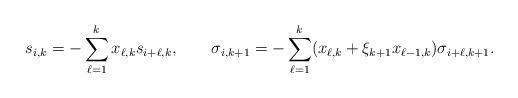
LaTeX: \begin{align*}s_{i,k} &= - \sum_{\ell = 1}^k x_{\ell, k} s_{i+\ell,k}, &\sigma_{i,k+1} &= - \sum_{\ell = 1}^k (x_{\ell, k} + \xi_{k+1} x_{\ell-1,k} ) \sigma_{i+\ell,k+1}.\end{align*}